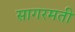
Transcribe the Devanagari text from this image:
सागरमती